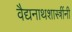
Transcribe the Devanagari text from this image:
वैद्यनाथशास्त्रींनी